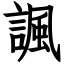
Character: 諷